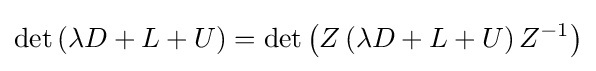
\det \left(\lambda D+L+U\right)=\det \left(Z\left(\lambda D+L+U\right)Z^{-1}\right)